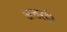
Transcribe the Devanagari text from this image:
अत्तरही